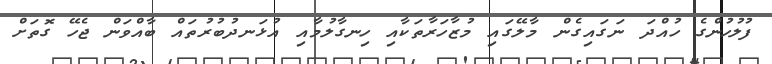
ފުލުހުންގެ ހުއްދަ ނަގައިގެން މާލޭގައި މުޒާހަރާތަކާއި ހިނގާލުމާއި އުޅަނދުބުރުތައް ބާއްވަން ޖެހޭ ގޮތަށް